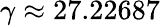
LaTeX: \gamma\approx 27.22687